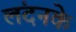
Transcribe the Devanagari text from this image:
लंदनके